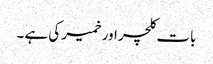
بات کلچر اورخمیر کی ہے ۔